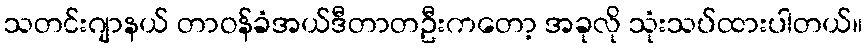
သတင်းဂျာနယ် တာဝန်ခံအယ်ဒီတာတဦးကတော့ အခုလို သုံးသပ်ထားပါတယ်။